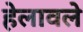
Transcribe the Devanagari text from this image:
हेलावले